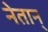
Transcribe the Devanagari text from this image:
नेतान्